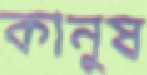
কানুষ